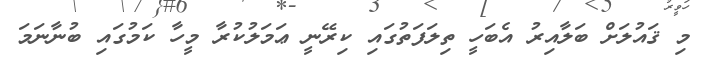
މި ޤައުލަށް ބަލާއިރު އެބަހީ ތިލަފަތުގައި ކިރޭނީ ޢަމަލުކުރާ މީހާ ކަމުގައި ބުނާނަމަ